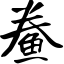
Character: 鲞